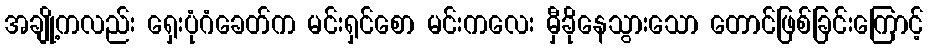
အချို့ကလည်း ရှေးပုံဂံခေတ်က မင်းရှင်စော မင်းကလေး မှီခိုနေသွားသော တောင်ဖြစ်ခြင်းကြောင့်